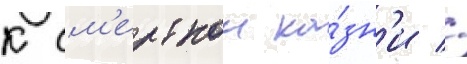
к см'ертнои ка́зн'и //